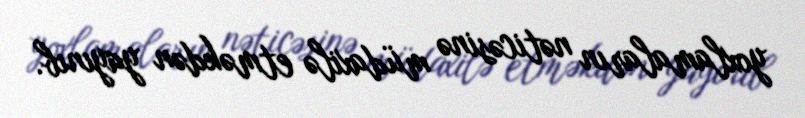
yoxlamaların nəticəsinə müdaxilə etməkdən yayınıb.